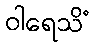
ဝါရေသိံ